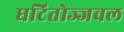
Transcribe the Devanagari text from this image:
घटितोज्जवल